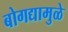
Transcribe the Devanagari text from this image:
बोगद्यामुळे